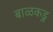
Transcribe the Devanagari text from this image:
बाळकडु